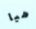
هيا